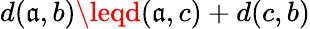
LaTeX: d(\mathfrak{a},b)\leqd(\mathfrak{a},c)+d(c,b)